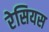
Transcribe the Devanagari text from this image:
रेसियस